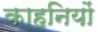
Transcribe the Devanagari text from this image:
काहनियों